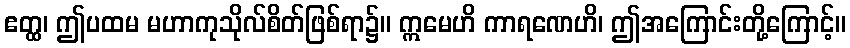
ဧတ္ထ၊ ဤပထမ မဟာကုသိုလ်စိတ်ဖြစ်ရာ၌။ ဣမေဟိ ကာရဏေဟိ၊ ဤအကြောင်းတို့ကြောင့်။